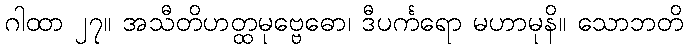
ဂါထာ ၂၇။ အသီတိဟတ္ထမုဗ္ဗေဓော၊ ဒီပင်္ကရော မဟာမုနိ။ သောဘတိ